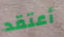
أعتقد